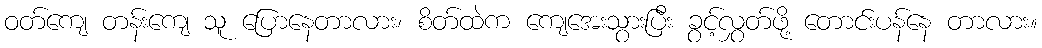
ဝတ်ကျေ တန်းကျေ သူ ပြောနေတာလား၊ စိတ်ထဲက ကျေအေးသွားပြီး ခွင့်လွှတ်ဖို့ တောင်းပန်နေ တာလား။